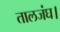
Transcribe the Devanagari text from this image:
तालजंघ।